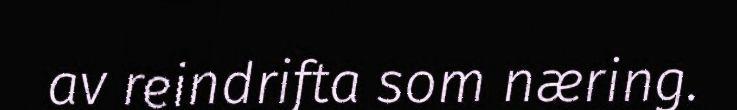
av reindrifta som næring.